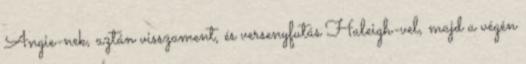
Angie-nek, aztán visszament, és versenyfutás Haleigh-vel, majd a végén